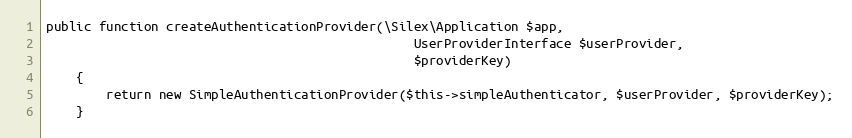
Language: PHP
public function createAuthenticationProvider(\Silex\Application $app,
                                                 UserProviderInterface $userProvider,
                                                 $providerKey)
    {
        return new SimpleAuthenticationProvider($this->simpleAuthenticator, $userProvider, $providerKey);
    }